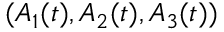
( A _ { 1 } ( t ) , A _ { 2 } ( t ) , A _ { 3 } ( t ) )